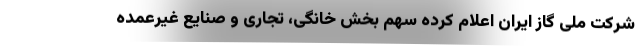
شرکت ملی گاز ایران اعلام کرده سهم بخش خانگی، تجاری و صنایع غیرعمده